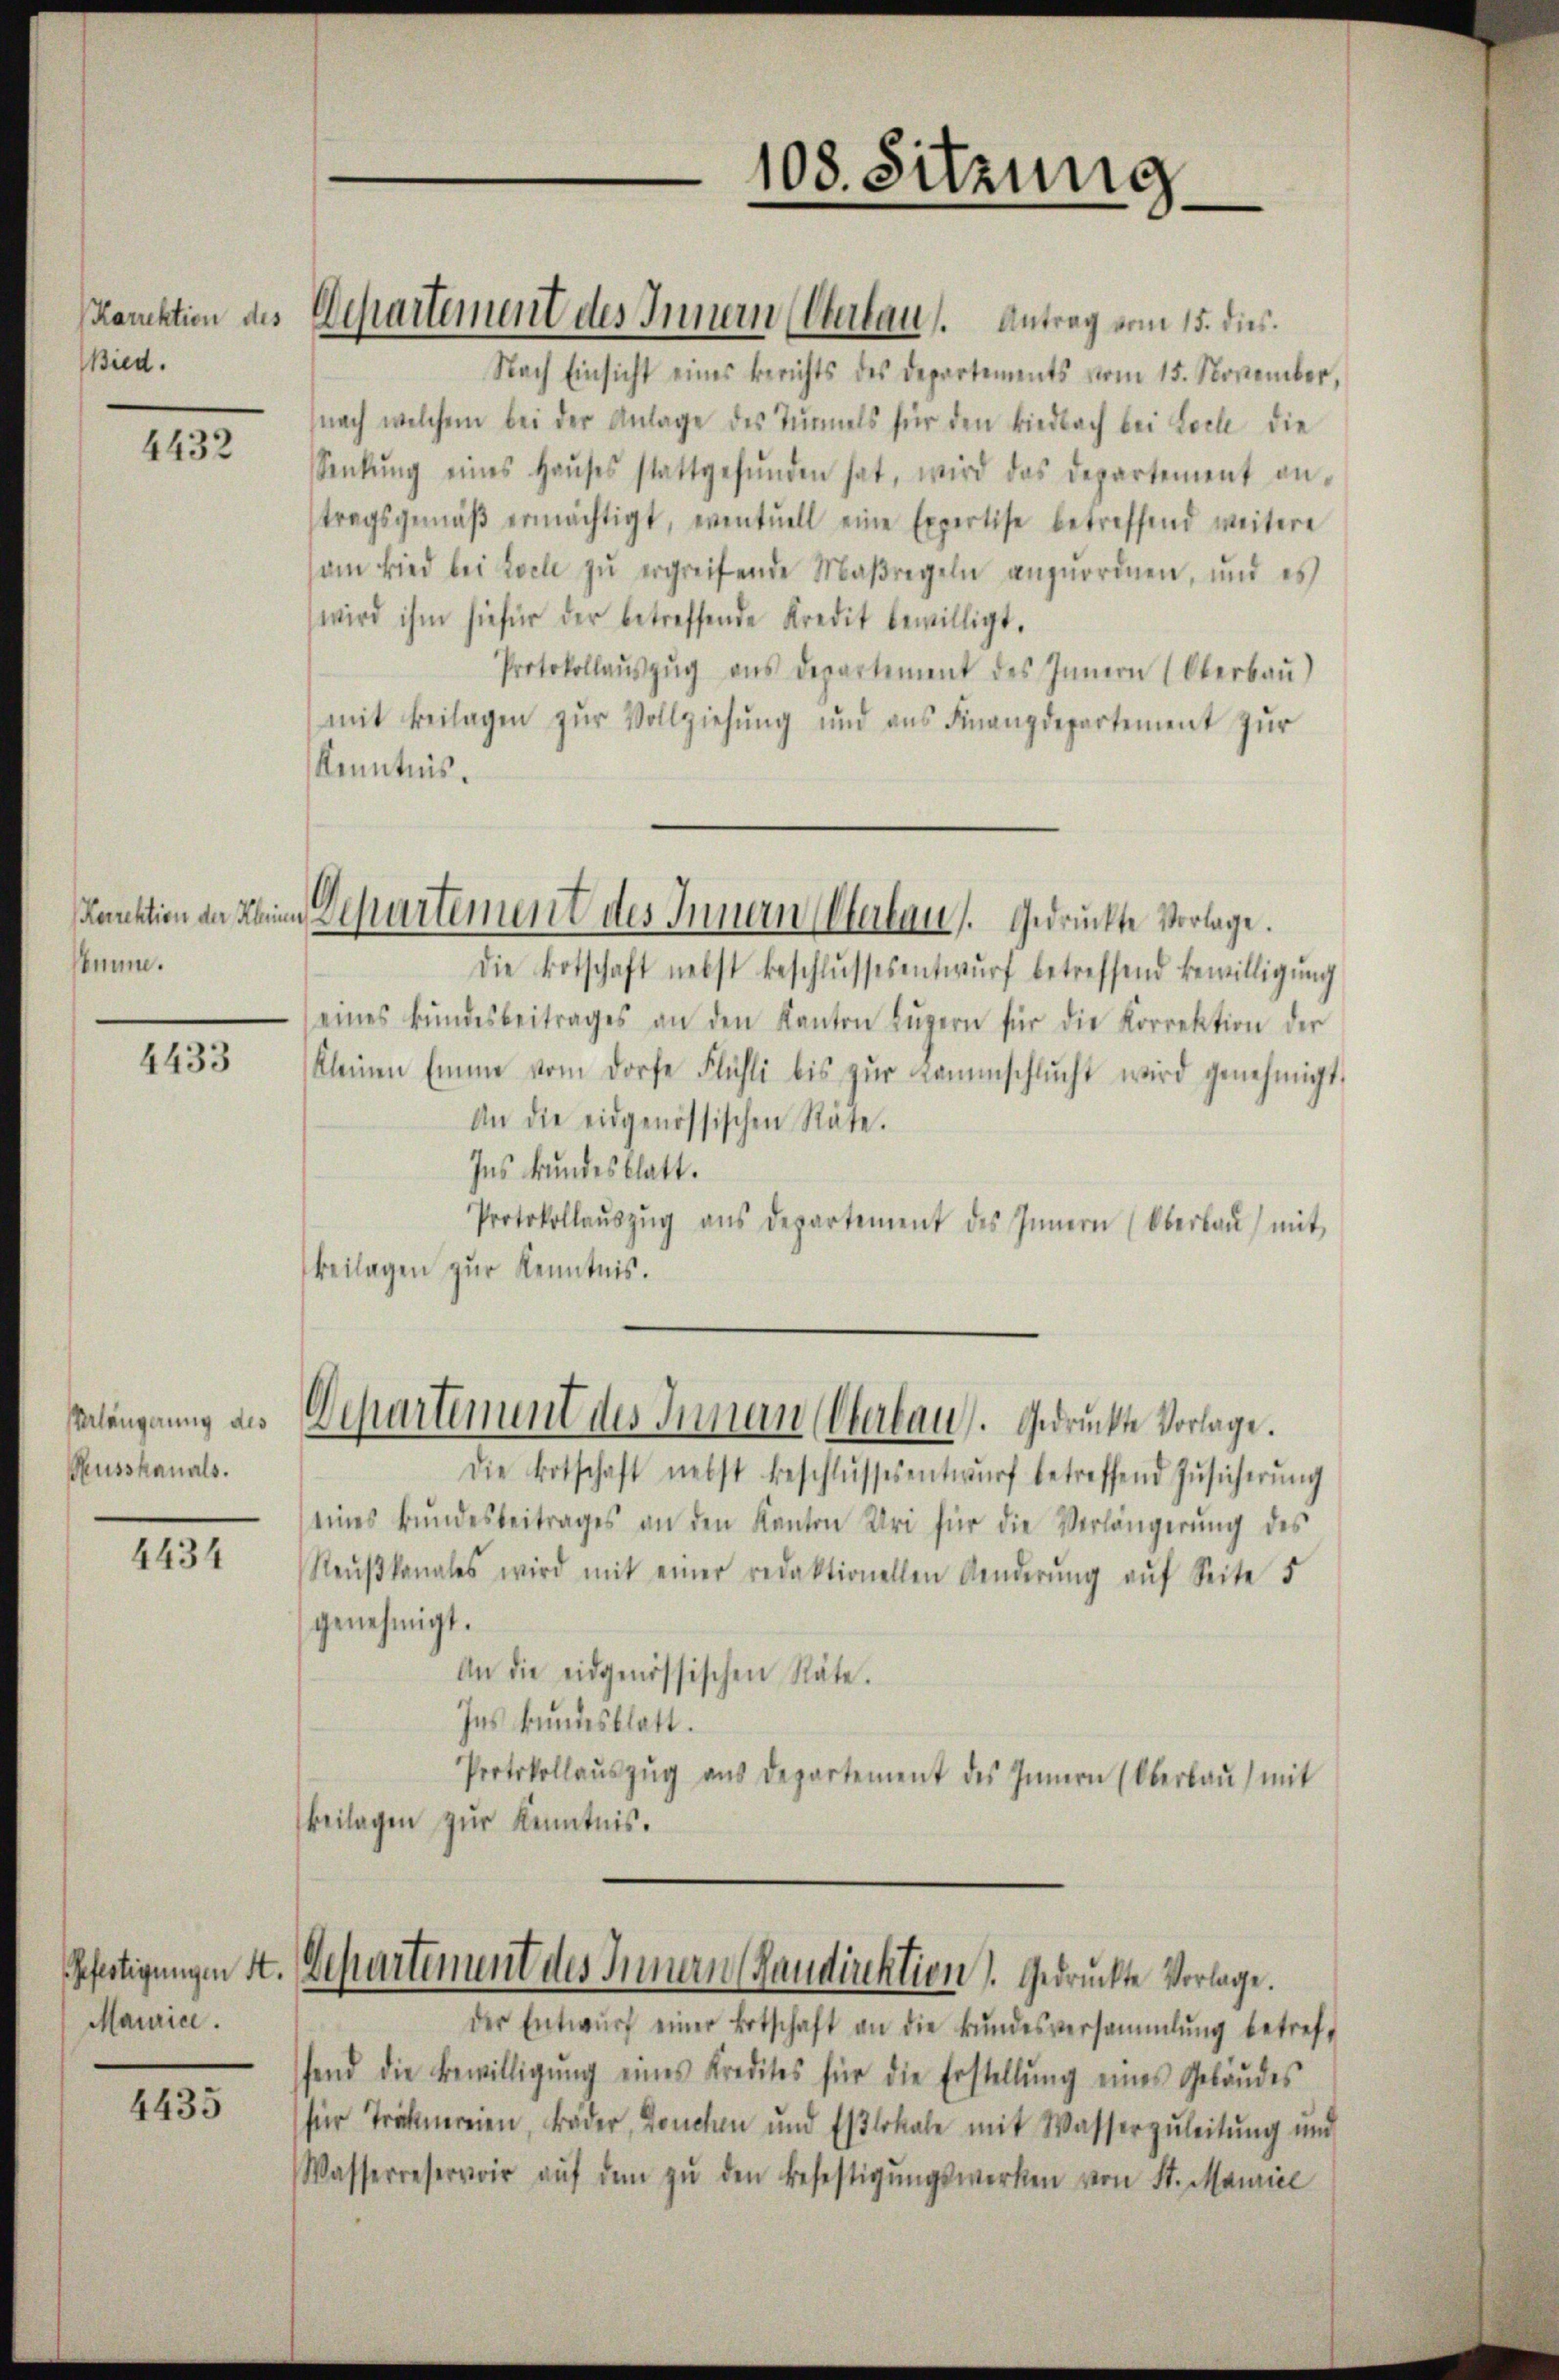
Karrektion des
ied.

4432

Korrektion der Kleine
num.

4433

Verlängerung des
Russkanals.

4434

Maurice.

4435

108. Sitzung
n

Departement des Innern (Oberlauf. Antrag vom 15. dies
Nach Einsicht eines Berichts des Departements vom 15. November,
(nach welchem bei der Anlage des Tŭrnels für den Biedbach bei Loch die
Senkŭng eines Haŭses stattgefŭnden hat, wird das Departement an-
tragsgemäβ ermächtigt, eventuell eine Expertise betreffend weitere
am wird bei Loche zŭ ergreifende Maßregeln anzuordnen, und es
wird ihm hiefür der betreffende Kredit bewilligt.
Protokollaŭszŭg ans Departement des Innern (Oberbaŭ)
mit Beilagen zur Vollziehung und aus Finanzdepartement zur
Kenntnis.
Departement des Innern (Verhaus. Gedrückte Vorlage.
Die Botschaft nebst beschlŭssesentwŭrf betreffend Bewilligŭng
eines kundesbeitrages an den Kanton Lŭzern für die Korrektion der
kleinen Emme vom Dorfe Flühli bis zŭr Lammschlŭcht wird genehmigt.
An die eidgenössischen Rate.
Ins kundesblatt.
Protokollaŭszŭg aŭs departement des Innern (Oberbaŭ) mit
Beilagen zur Kenntnis.

Departement des Innen (Oberbau. Gedrückte Vorlage.

Die Botschaft nebst beschlŭssesentwŭrf betreffend Zŭsicherŭng
eines Bŭndesbeitrages an den Kanton Uri für die Verlängerŭng des
Reŭβkanales wird mit einer redaktionellen Aenderŭng aŭf Seite 5
genehmigt.
An die eidgenössischen Räte.
Ins kundesblatt.
Protokollaŭszŭg aŭs departement des Innern (Oberbaŭ) mit
Beilagen zur Kenntnis.

Gefertigungen St. Gestartement des Innern Kandirektion. Gedrückte Vorlage.

der Entwŭrf einer Botschaft an die Bŭndesversammlung betreff
fend die Bewilligŭng eines Kredites für die Erstellŭng eines Gebäŭdes
für Tröcknereien, Bäder, Douchen und Eslokale mit Wasserzuleitung und
Wasserreservoir aŭf dem zŭ den Befestigŭngswerken von St. Maniel